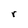
Character: r